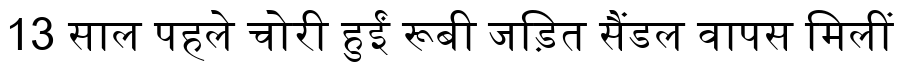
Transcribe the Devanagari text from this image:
13 साल पहले चोरी हुईं रूबी जड़ित सैंडल वापस मिलीं